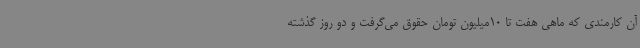
آن کارمندی که ماهی هفت تا 10میلیون تومان حقوق می‌گرفت و دو روز گذشته